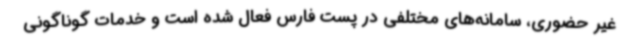
غیر حضوری، سامانه‌های مختلفی در پست فارس فعال شده است و خدمات گوناگونی